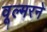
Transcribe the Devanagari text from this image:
वूल्मरने